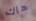
هاك